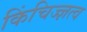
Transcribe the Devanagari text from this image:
किंचिज्ज्ञत्व